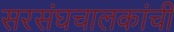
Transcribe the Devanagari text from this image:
सरसंघचालकांची